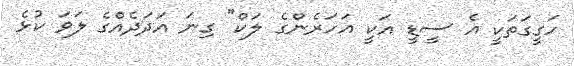
ހަގީގަތަކީ އެ ސީޑީ އަކީ އަހަރެންގެ ލަކް" ގިނަ އަދަދެއްގެ ލަވަ ކުޅެ